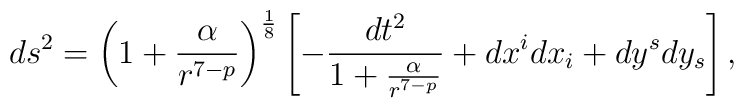
ds^{2}=\left(1+\frac{\alpha}{r^{7-p}}\right)^{\frac{1}{8}}\left[-\frac{dt^{2}}{1+\frac{\alpha}{r^{7-p}}}+dx^{i}dx_{i}+  dy^{s}dy_{s}\right],